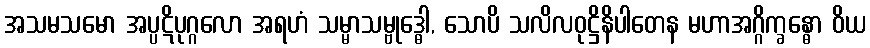
အသမသမော အပ္ပဋိပုဂ္ဂလော အရဟံ သမ္မာသမ္ဗုဒ္ဓေါ, သောပိ သလိလဝုဋ္ဌိနိပါတေန မဟာအဂ္ဂိက္ခန္ဓော ဝိယ